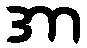
အာ